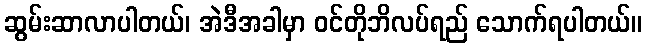
ဆွမ်းဆာလာပါတယ်၊ အဲဒီအခါမှာ ဝင်တိုဘိလပ်ရည် သောက်ရပါတယ်။